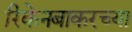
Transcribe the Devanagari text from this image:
रिकेनबाकरच्या